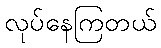
လုပ်နေကြတယ်